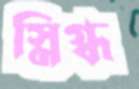
স্নিগ্ধ